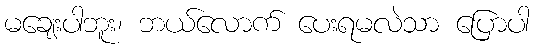
မချေးပါဘူး၊ ဘယ်လောက် ပေးရမလဲသာ ပြောပါ